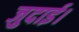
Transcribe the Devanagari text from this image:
जुदाई।